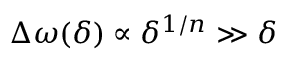
\Delta \omega ( \delta ) \propto \delta ^ { 1 / n } \gg \delta